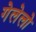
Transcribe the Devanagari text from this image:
गेलेलो